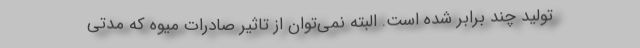
تولید چند برابر شده است. البته نمی‌توان از تاثیر صادرات میوه که مدتی